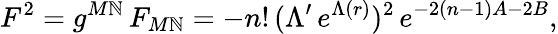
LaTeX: F^{2}=g^{M\mathbb{N}}\, F_{M\mathbb{N}}=-n!\, (\Lambda^{\prime}\, e^{\Lambda(r)})^{2}\, e^{-2(n-1)A-2B},